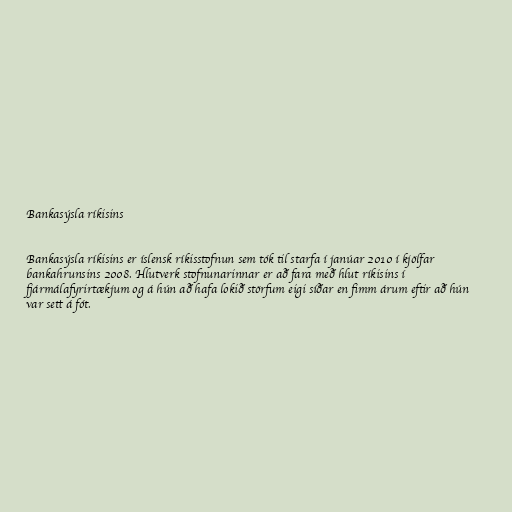
Bankasýsla ríkisins

Bankasýsla ríkisins er íslensk ríkisstofnun sem tók til starfa í janúar 2010 í kjölfar
bankahrunsins 2008. Hlutverk stofnunarinnar er að fara með hlut ríkisins í
fjármálafyrirtækjum og á hún að hafa lokið störfum eigi síðar en fimm árum eftir að hún
var sett á fót.